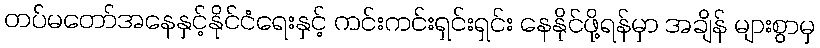
တပ်မတော်အနေနှင့်နိုင်ငံရေးနှင့် ကင်းကင်းရှင်းရှင်း နေနိုင်ဖို့ရန်မှာ အချိန် များစွာမှ